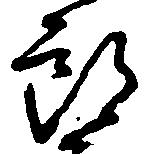
郎